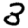
Digit: 3